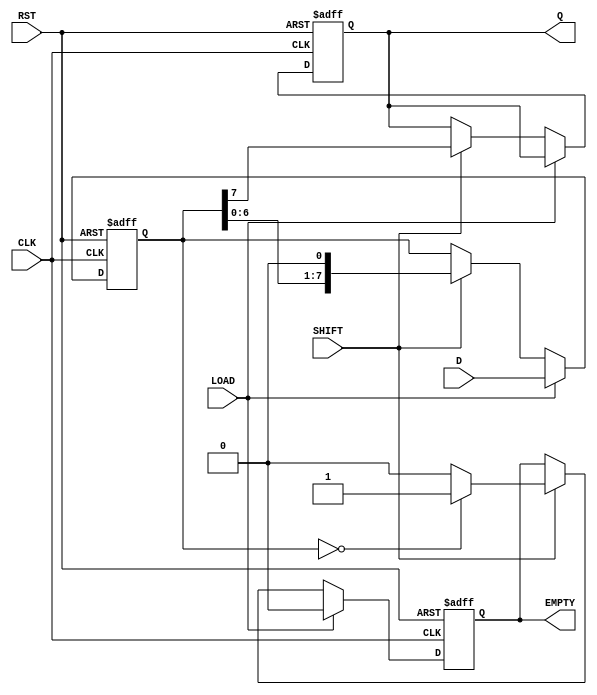
module Loadable_PISO #(
    parameter N = 8  // Define the bit width of the register
) (
    input [N-1:0] D,       // Parallel Data Input
    input LOAD,            // Load Signal
    input SHIFT,           // Shift Signal
    input CLK,             // Clock
    input RST,             // Reset
    output reg Q,          // Serial Output
    output reg EMPTY       // Empty Flag
);

    reg [N-1:0] shift_reg; // Internal shift register

    always @(posedge CLK or posedge RST) begin
        if (RST) begin
            shift_reg <= 0;   // Asynchronous reset
            Q <= 0;           // Clear serial output
            EMPTY <= 1;       // Set EMPTY flag high since it is cleared
        end else begin
            if (LOAD) begin
                shift_reg <= D; // Load data into the register
                EMPTY <= 0;     // Data is loaded, so it's not empty
            end else if (SHIFT) begin
                // Shift data out serially
                Q <= shift_reg[N-1]; // Output MSB to serial output
                shift_reg <= {shift_reg[N-2:0], 1'b0}; // Shift left
                // Check if the register is empty after shifting
                if (shift_reg == 0) begin
                    EMPTY <= 1; // Set EMPTY flag if all bits shifted out
                end else begin
                    EMPTY <= 0; // Register still has data
                end
            end
        end
    end

endmodule